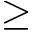
\geq